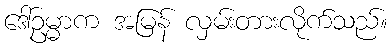
ဒေါ်ဥမ္မာက အမြန် လှမ်းတားလိုက်သည်။